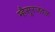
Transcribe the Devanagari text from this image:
म्हैसूरजवळ